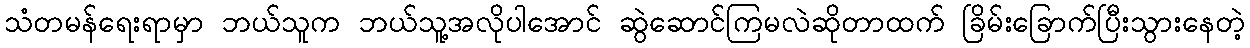
သံတမန်ရေးရာမှာ ဘယ်သူက ဘယ်သူ့အလိုပါအောင် ဆွဲဆောင်ကြမလဲဆိုတာထက် ခြိမ်းခြောက်ပြီးသွားနေတဲ့